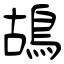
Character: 鴣